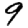
Digit: 9